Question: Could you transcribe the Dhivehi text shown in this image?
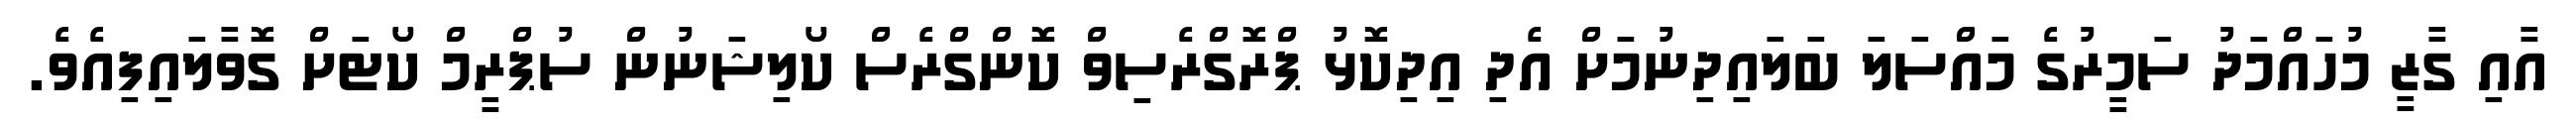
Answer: އާއި ގާޒީ މުހައްމަދު ސަމީރުގެ މައްސަލަ ބަލައިދިނުމަށް އެދި އިދިކޮޅު ޕްރޮގްރެސިވް ކޮންގްރެސް ކޯލިޝަނުން ސުޕްރީމް ކޯޓަށް ގޮވާލައިފިއެވެ.